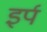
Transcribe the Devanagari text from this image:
इर्प